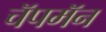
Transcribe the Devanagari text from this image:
चॅपमॅन